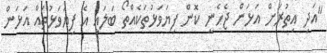
"އަދި އިތުރަށް އަޅަން ޖެހެނީ ކޮން ފިޔަވަޅުތަކެއްތޯ ބަލައި އެ ފިޔަވަޅުތައް އަޅަން